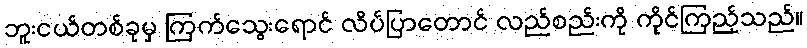
ဘူးငယ်တစ်ခုမှ ကြက်သွေးရောင် လိပ်ပြာတောင် လည်စည်းကို ကိုင်ကြည့်သည်။